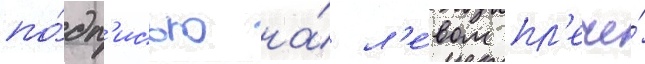
по́дп'исью на́ л'е́вом пл'ече́